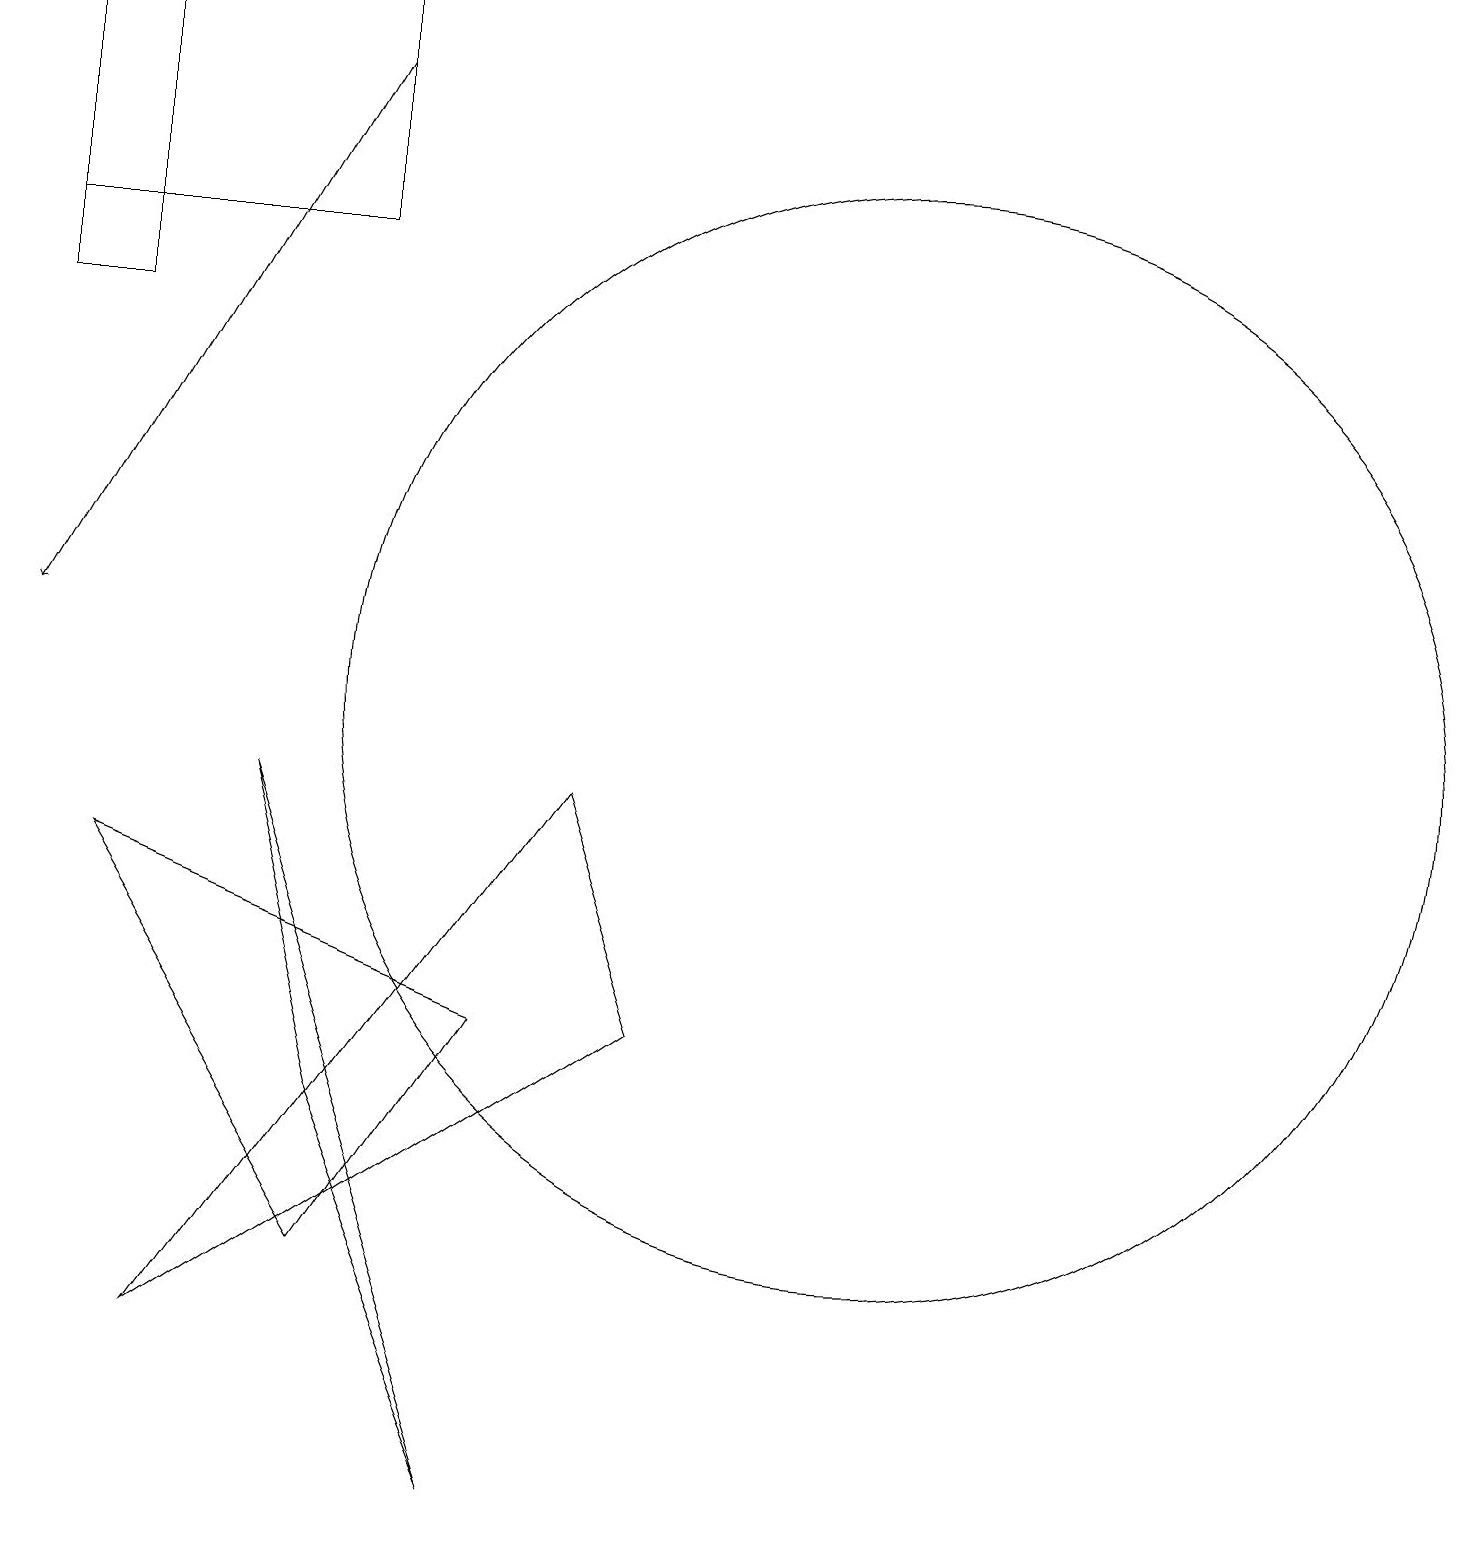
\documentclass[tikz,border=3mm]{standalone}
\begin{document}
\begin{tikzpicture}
\draw[->] (5,18) -- (1,11);
\draw (1,19) rectangle (5,16);
\draw (5,3) -- (2,8) -- (7,6) -- cycle;
\draw (1,19) rectangle (2,15);
\draw (12,10) circle (7);
\draw (9,6) -- (8,9) -- (3,2) -- cycle;
\draw (4,9) -- (7,0) -- (5,5) -- cycle;
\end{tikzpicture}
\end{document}